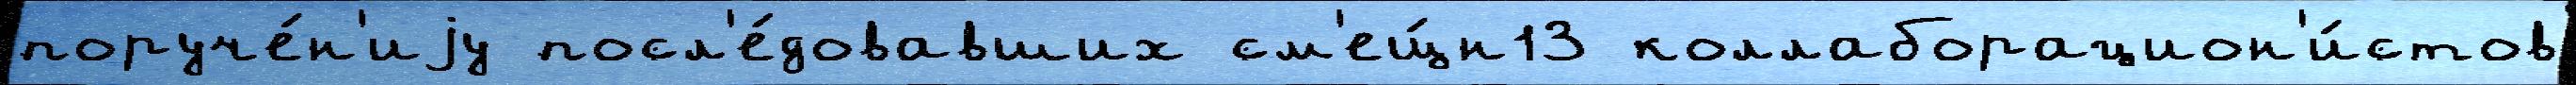
поруче́н'иjу посл'е́довавших см'ещ́н13 коллаборацион'и́стов